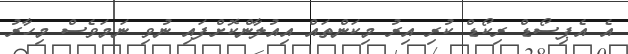
އެ އެޕިސޯޑް ރިކޯޑް ކުރި އިރު މިކަންތައް އިއުލާންކޮށްފައި ނުވި ނަމަވެސް މިހާރު